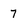
Character: 7